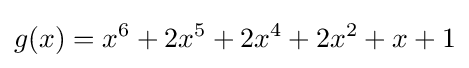
g(x)=x^{6}+2x^{5}+2x^{4}+2x^{2}+x+1